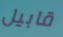
قابيل